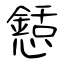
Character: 懖